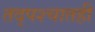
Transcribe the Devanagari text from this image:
तद्पश्चातही